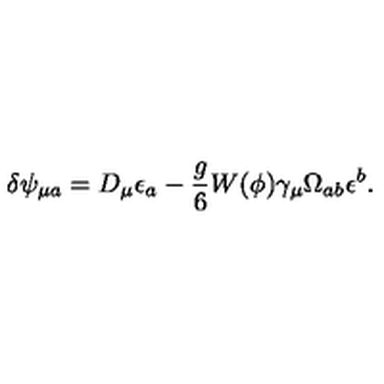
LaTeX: \delta \psi _ { \mu a } = D _ { \mu } \epsilon _ { a } - \frac { g } { 6 } W ( \phi ) \gamma _ { \mu } \Omega _ { a b } \epsilon ^ { b } .